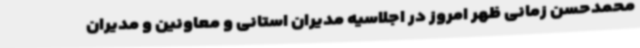
محمدحسن زمانی ظهر امروز در اجلاسیه مدیران استانی و معاونین و مدیران